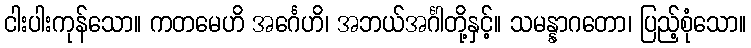
ငါးပါးကုန်သော။ ကတမေဟိ အင်္ဂေဟိ၊ အဘယ်အင်္ဂါတို့နှင့်။ သမန္နာဂတော၊ ပြည့်စုံသော။